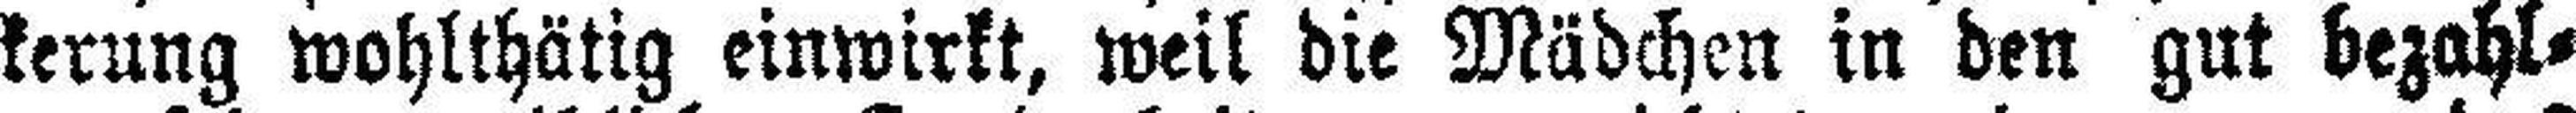
kerung wohlthätig einwirkt, weil die Mädchen in den gut bezahl¬